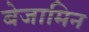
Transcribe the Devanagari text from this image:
बेजामिन